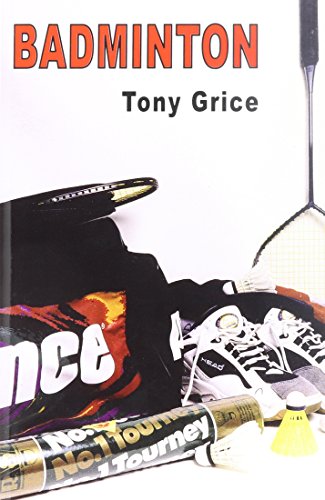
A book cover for Badminton; Tony Grice; Sports & Outdoors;